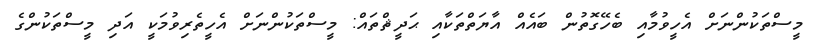
މީސްތަކުންނަށް އެހީވުމާއި ބެހޭގޮތުން ބައެއް އާޔަތްތަކާއި ޙަދީޘްތައް: މީސްތަކުންނަށް އެހީތެރިވުމަކީ އަދި މީސްތަކުންގެ